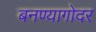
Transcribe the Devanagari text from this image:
बनण्यागोदर